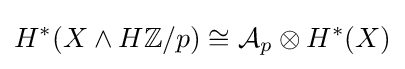
H^{*}(X\wedge H\mathbb {Z} /p)\cong {\mathcal {A}}_{p}\otimes H^{*}(X)